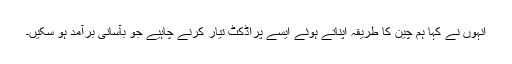
انہوں نے کہا ہم چین کا طریقہ اپناتے ہوئے ایسے پراڈکٹ تیار کرنے چاہیے جو بآسانی برآمد ہو سکیں۔